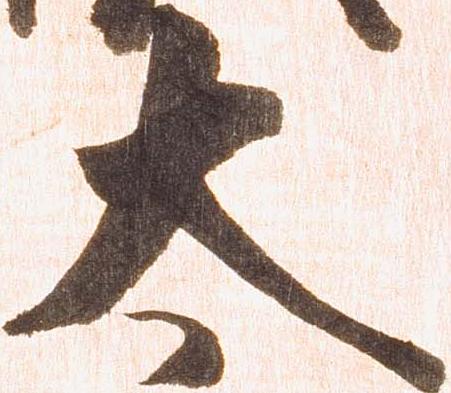
太